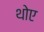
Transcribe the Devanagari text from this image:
थोए